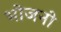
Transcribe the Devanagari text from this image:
भोजनो